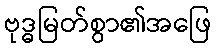
ဗုဒ္ဓမြတ်စွာ၏အဖြေ